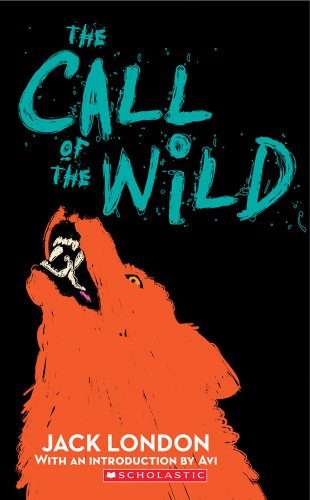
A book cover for The Call Of The Wild; Jack London; Teen & Young Adult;